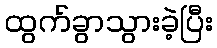
ထွက်ခွာသွားခဲ့ပြီး